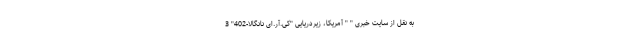
به نقل از سایت خبری " " آمریکا، زیردریایی "کی.آر.ای نانگالا-402" 3